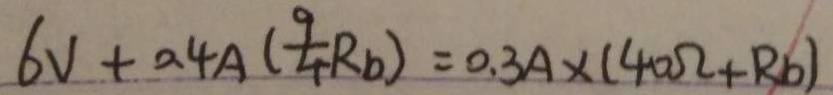
6 V + 0 . 4 A ( \frac { 9 } { 4 } R _ { b } ) = 0 . 3 A \times ( 4 0 \Omega + R _ { b } )